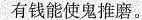
有钱能使鬼推磨。